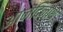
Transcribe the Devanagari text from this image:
आनंदिनाथ